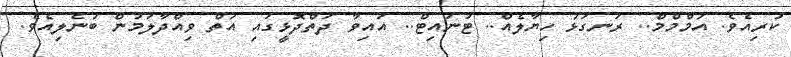
ކުރިއެވެ. އަމްމްމް.. ރަނގަޅު ހިޔާލެއް.. ޓުނައިޓް.. އައިވާ ދަތްދޮޅީގައި އަތް ވިއްދާލަމުން ބުނެލިއެވެ.